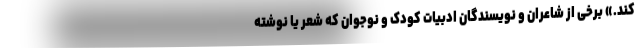
کند.» برخی از شاعران و نویسندگان ادبیات کودک و نوجوان که شعر یا نوشته